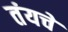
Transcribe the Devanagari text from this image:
तंयचे